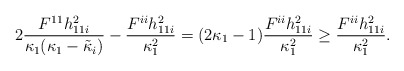
\begin{align*}2\frac{F^{11}h_{11i}^2}{\kappa_1 (\kappa_1-\tilde{\kappa}_i)}-\frac{ F^{ii}h_{11i}^2}{\kappa_1^2}=(2\kappa_1-1) \frac{ F^{ii}h_{11i}^2}{\kappa_1^2}\geq \frac{ F^{ii}h_{11i}^2}{\kappa_1^2}.\end{align*}